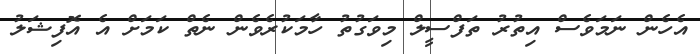
އެހެން ނަމަވެސް އިތުރު ތަފްސީލް މިވަގުތު ހާމަކުރެވެން ނެތް ކަމަށް އެ އޮފިޝަލު